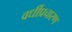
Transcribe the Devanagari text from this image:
वर्धीप्रचारण